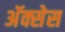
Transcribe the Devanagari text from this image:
अॅक्सेस